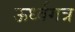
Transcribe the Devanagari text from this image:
ऊर्ध्वगत्र